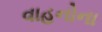
વાહનોના